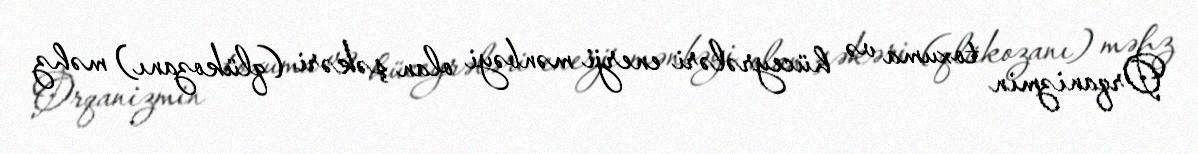
Orqanizmin toxuma və hüceyrələri enerji mənbəyi olan şəkəri (qlükozanı) məhz